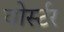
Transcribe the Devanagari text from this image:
वोर्स्टर